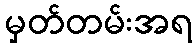
မှတ်တမ်းအရ